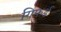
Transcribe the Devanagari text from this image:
गिफर्ड